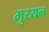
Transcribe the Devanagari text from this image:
मुय्यन